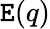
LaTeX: \mathtt{E}(q)